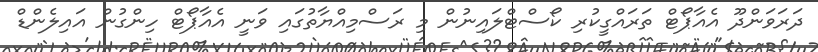
ދަރަވަންދޫ އެއާޕޯޓް ތަރައްގީކުރި ކޯސްޓްލައިނުން މި ރަސްމިއްޔާތުގައި ވަނީ އެއާޕޯޓް ހިންގުން އައިލެންޑް